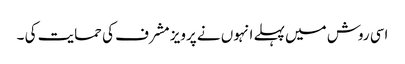
اسی روش میں پہلے انہوں نے پرویز مشرف کی حمایت کی ۔